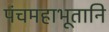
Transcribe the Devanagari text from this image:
पंचमहाभूतानि